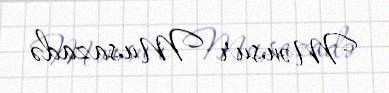
Mənsur Musazadə